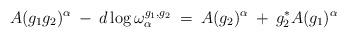
LaTeX: \begin{align*}A(g_1 g_2)^{\alpha} \: - \: d \log \omega^{g_1, g_2}_{\alpha}\: = \:A(g_2)^{\alpha} \: + \: g_2^* A(g_1)^{\alpha}\end{align*}